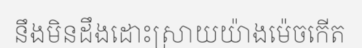
នឹងមិនដឹងដោះស្រាយយ៉ាងម៉េចកើត